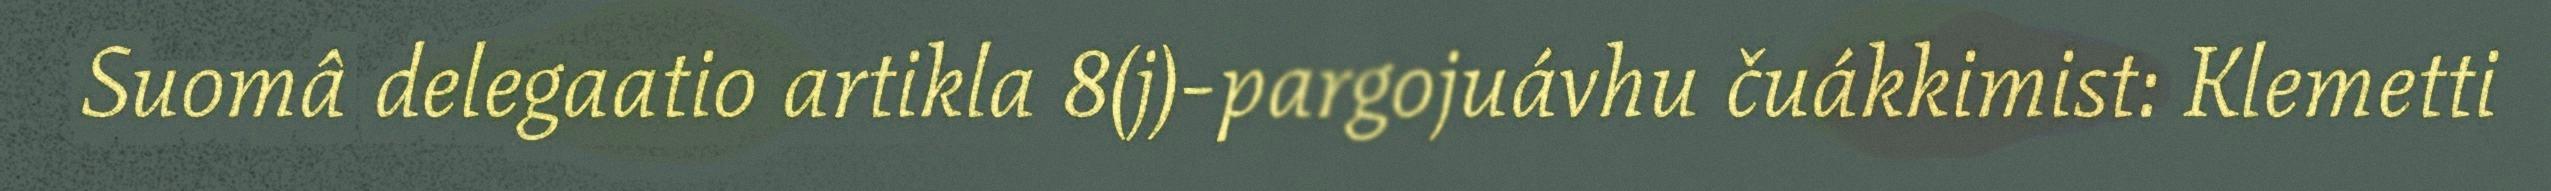
Suomâ delegaatio artikla 8(j)-pargojuávhu čuákkimist: Klemetti